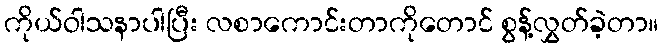
ကိုယ်ဝါသနာပါပြီး လစာကောင်းတာကိုတောင် စွန့်လွှတ်ခဲ့တာ။